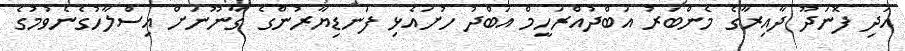
އަދި ފޮނަދޫ ދާއިރާގެ މެންބަރު އަބްދުއްރަހީމް އަބްދު ހުށައެޅި ފަނޑިޔާރުންގެ ގާނޫނަށް އިސްލާހުގެނެވުމުގެ